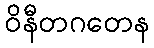
ဝိနီတဂတေန